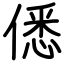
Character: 僁